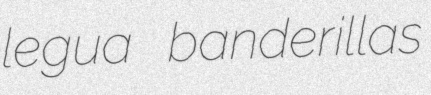
legua banderillas